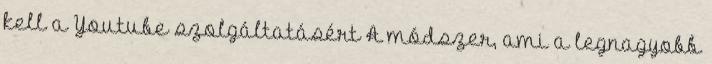
kell a Youtube szolgáltatásért A módszer, ami a leg­nagyobb